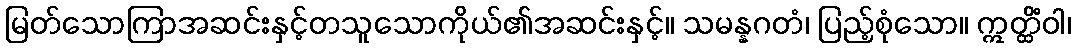
မြတ်သောကြာအဆင်းနှင့်တသူသောကိုယ်၏အဆင်းနှင့်။ သမန္နဂတံ၊ ပြည့်စုံသော။ ဣတ္ထိံဝါ၊